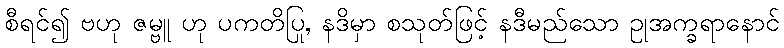
စီရင်၍ ဗဟု ဇမ္ဗူ ဟု ပကတိပြု, နဒိမှာ စသုတ်ဖြင့် နဒီမည်သော ဥုအက္ခရာနောင်